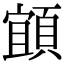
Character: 𩓧